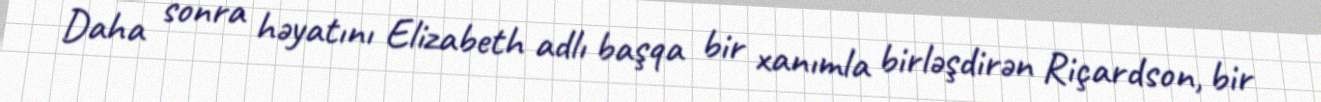
Daha sonra həyatını Elizabeth adlı başqa bir xanımla birləşdirən Riçardson, bir